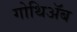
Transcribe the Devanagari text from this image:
गोथिॲब